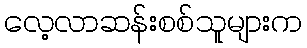
လေ့လာဆန်းစစ်သူများက